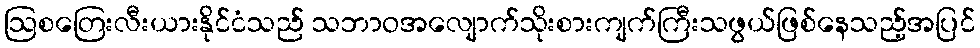
ဩစတြေးလီးယားနိုင်ငံသည် သဘာဝအလျောက်သိုးစားကျက်ကြီးသဖွယ်ဖြစ်နေသည့်အပြင်